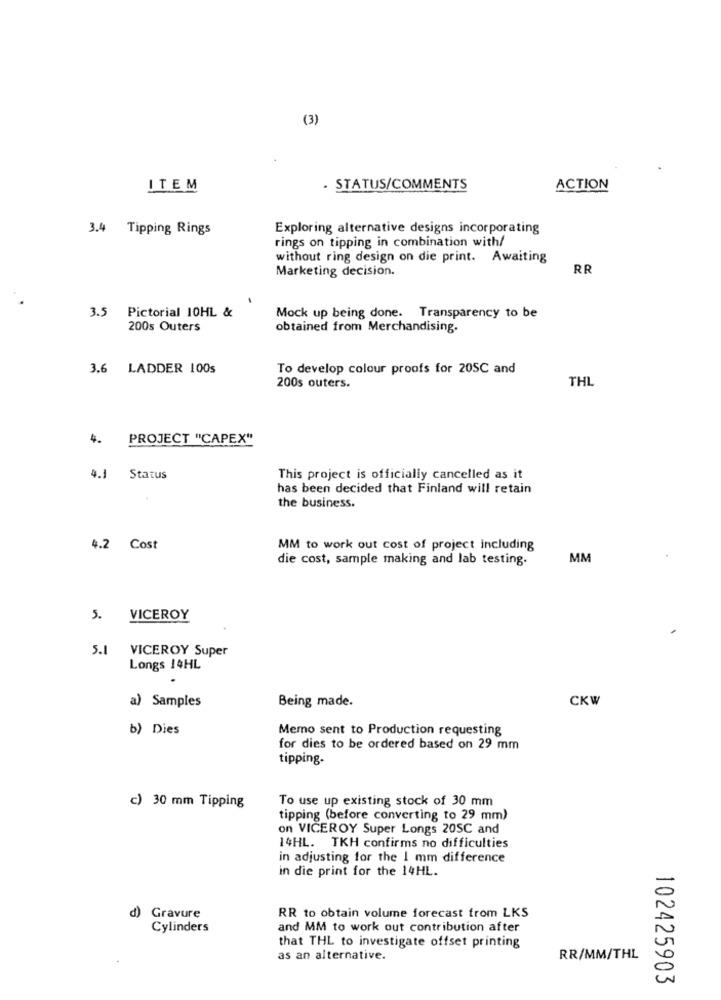
(3)
ITEM
. STATUS/COMMENTS
ACTION
3.4 Tipping Rings
Exploring alternative designs incorporating
rings on tipping in combination with/
without ring design on die print. Awaiting
Marketing decision.
RR
3.5 Pictorial 10HL &
Mock up being done. Transparency to be
200s Outers
obtained from Merchandising.
3.6 LADDER 100s
To develop colour proofs for 20SC and
THL
200s outers.
4.
PROJECT "CAPEX"
4.1
Status
This project is officially cancelled as it
has been decided that Finland will retain
the business.
4.2 Cost
MM to work out cost of project including
die cost, sample making and lab testing.
MM
5. VICEROY
5.1
VICEROY Super
Longs 14HL
a) Samples
Being made.
CKW
b) Dies
Memo sent to Production requesting
for dies to be ordered based on 29 mm
tipping.
To use up existing stock of 30 mm
c) 30 mm Tipping
tipping (before converting to 29 mm)
on VICEROY Super Longs 20SC and
14HL. TKH confirms no difficulties
in adjusting for the 1 mm difference
in die print for the 14HL.
d)
Gravure
RR to obtain volume forecast from LKS
Cylinders
and MM to work out contribution after
that THL to investigate offset printing
as an alternative.
RR/MM/THL
102425903